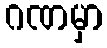
ဂဏမှာ